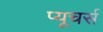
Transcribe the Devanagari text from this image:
प्यूचर्स